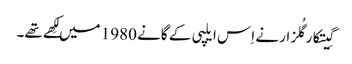
گِیتکارگُلزار نے اِس ایلپی کے گانے 1980 میں لِکھے تھے۔